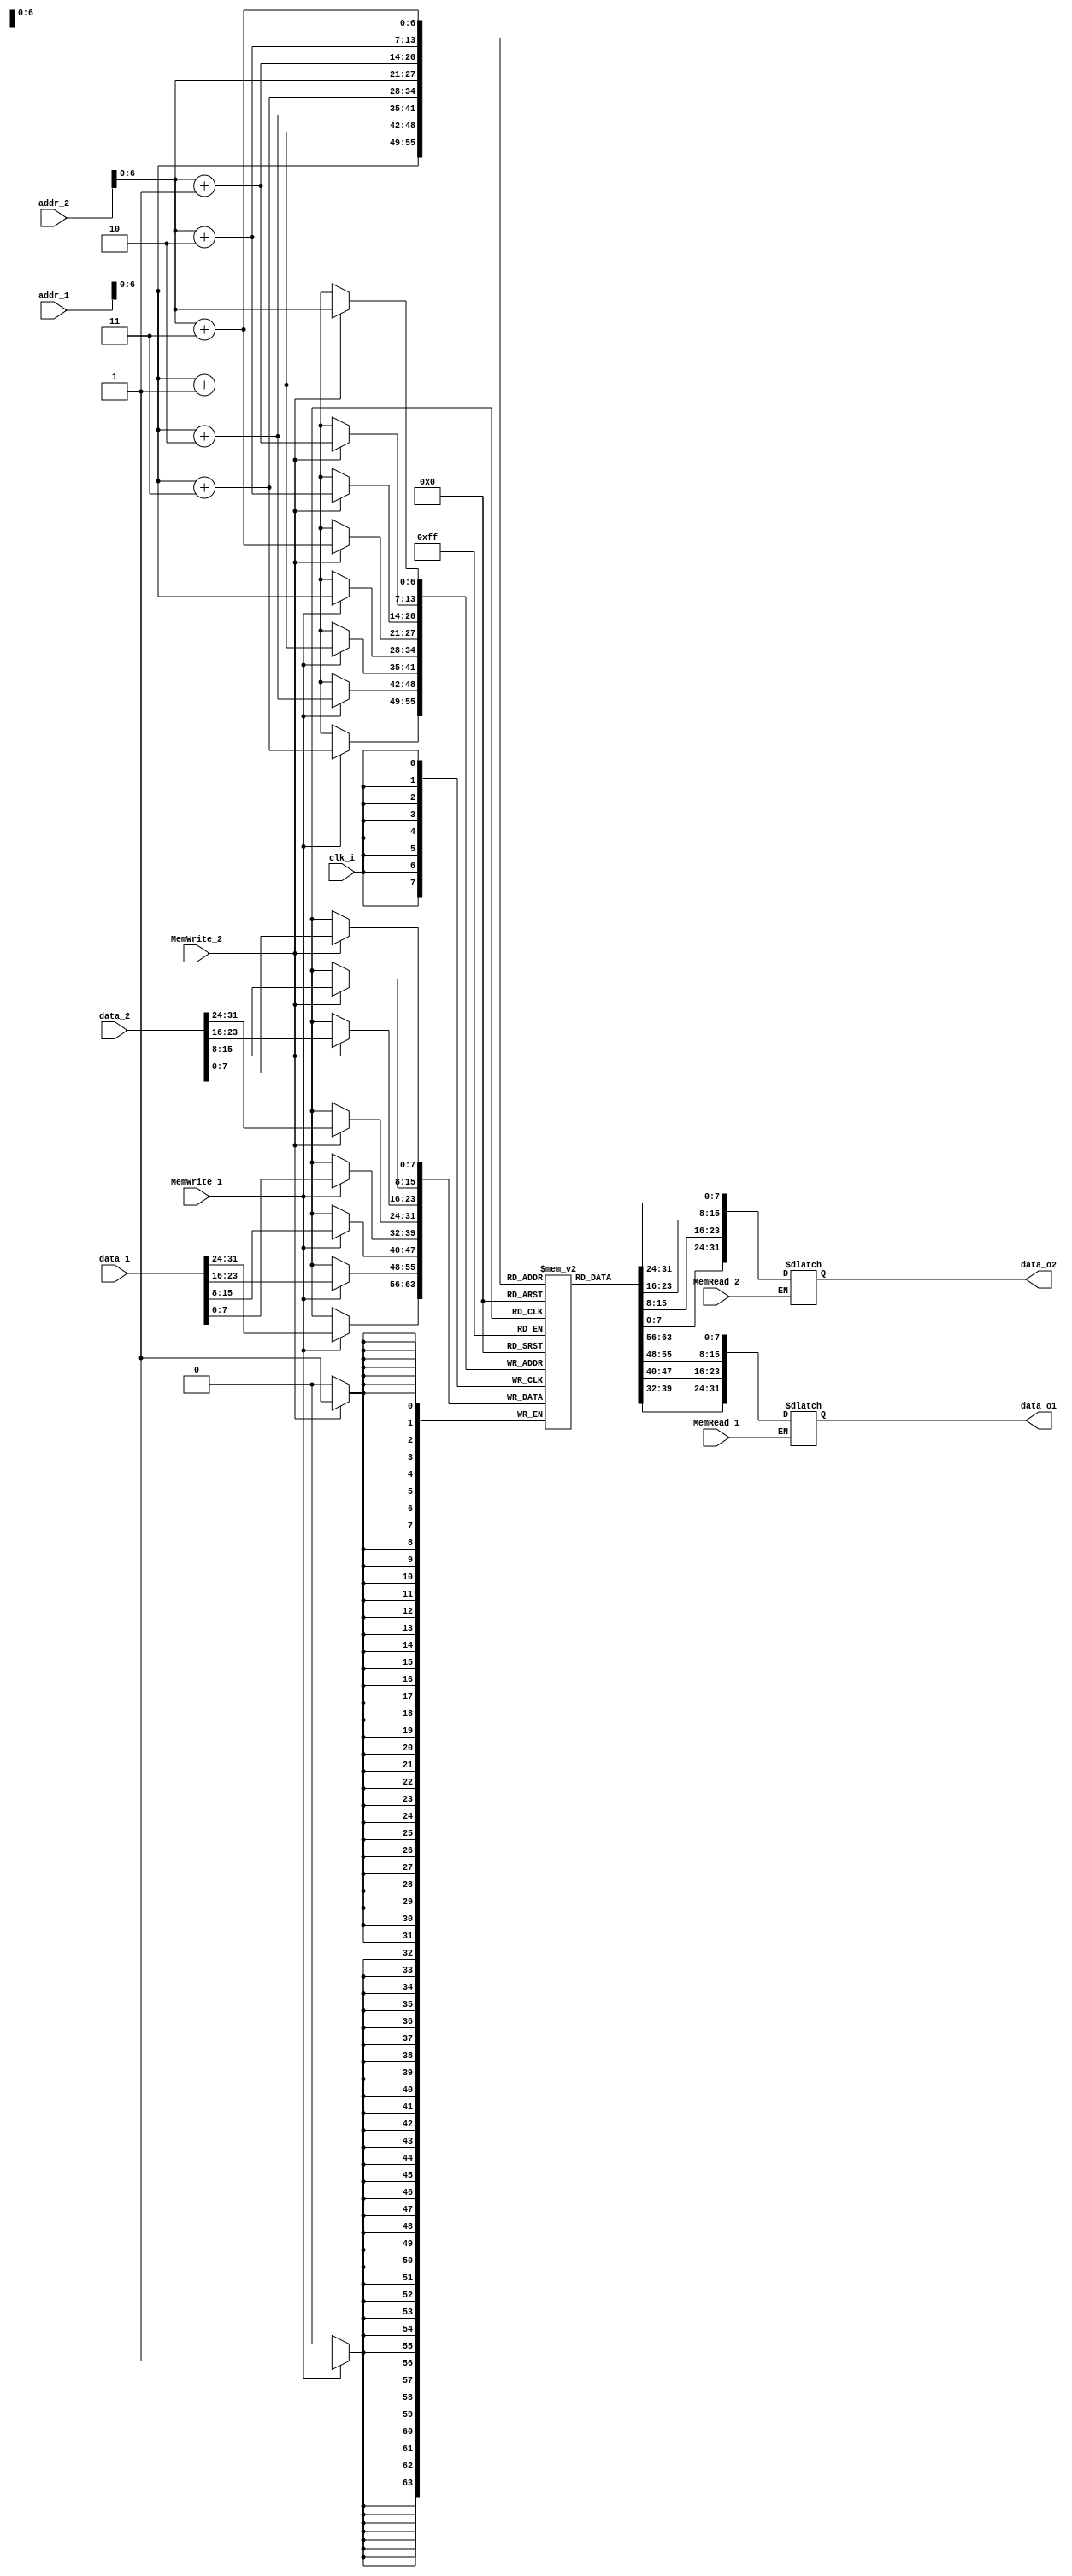
`timescale 1ns / 1ps
//////////////////////////////////////////////////////////////////////////////////
// Company: 
// Engineer: 
// 
// Design Name: 
// Module Name:    Data_Memory 
// Project Name: 
// Target Devices: 
// Tool versions: 
// Description: 
//
// Dependencies: 
//
// Revision: 
// Revision 0.01 - File Created
// Additional Comments: 
//
//////////////////////////////////////////////////////////////////////////////////
module Data_Memory
(
	clk_i,
	addr_1,
	data_1,
	MemRead_1,
	MemWrite_1,
	data_o1,
	addr_2,
	data_2,
	MemRead_2,
	MemWrite_2,
	data_o2
);

input				clk_i;
input	[31:0]	addr_1;
input	[31:0]	data_1;
input	[31:0]	addr_2;
input	[31:0]	data_2;
input				MemRead_1;
input				MemWrite_1;
input				MemRead_2;
input				MemWrite_2;
output reg [31:0] data_o1;
output reg [31:0] data_o2;
reg flag1,flag2,flag3,flag4;
reg	[7:0]	Mem [0:127];
integer	i;

// For Testbench to debug
wire	[31:0]		memory			[0:31];
assign  memory[0] = {Mem[3], Mem[2], Mem[1], Mem[0]};
assign  memory[1] = {Mem[7], Mem[6], Mem[5], Mem[4]};
assign  memory[2] = {Mem[11], Mem[10], Mem[9], Mem[8]};
assign  memory[3] = {Mem[15], Mem[14], Mem[13], Mem[12]};
assign  memory[4] = {Mem[19], Mem[18], Mem[17], Mem[16]};
assign  memory[5] = {Mem[23], Mem[22], Mem[21], Mem[20]};
assign  memory[6] = {Mem[27], Mem[26], Mem[25], Mem[24]};
assign  memory[7] = {Mem[31], Mem[30], Mem[29], Mem[28]};
assign  memory[8] = {Mem[35], Mem[34], Mem[33], Mem[32]};
assign  memory[9] = {Mem[39], Mem[38], Mem[37], Mem[36]};
assign  memory[10] = {Mem[43], Mem[42], Mem[41], Mem[40]};
assign  memory[11] = {Mem[47], Mem[46], Mem[45], Mem[44]};
assign  memory[12] = {Mem[51], Mem[50], Mem[49], Mem[48]};
assign  memory[13] = {Mem[55], Mem[54], Mem[53], Mem[52]};
assign  memory[14] = {Mem[59], Mem[58], Mem[57], Mem[56]};
assign  memory[15] = {Mem[63], Mem[62], Mem[61], Mem[60]};
assign  memory[16] = {Mem[67], Mem[66], Mem[65], Mem[64]};
assign  memory[17] = {Mem[71], Mem[70], Mem[69], Mem[68]};
assign  memory[18] = {Mem[75], Mem[74], Mem[73], Mem[72]};
assign  memory[19] = {Mem[79], Mem[78], Mem[77], Mem[76]};
assign  memory[20] = {Mem[83], Mem[82], Mem[81], Mem[80]};
assign  memory[21] = {Mem[87], Mem[86], Mem[85], Mem[84]};
assign  memory[22] = {Mem[91], Mem[90], Mem[89], Mem[88]};
assign  memory[23] = {Mem[95], Mem[94], Mem[93], Mem[92]};
assign  memory[24] = {Mem[99], Mem[98], Mem[97], Mem[96]};
assign  memory[25] = {Mem[103], Mem[102], Mem[101], Mem[100]};
assign  memory[26] = {Mem[107], Mem[106], Mem[105], Mem[104]};
assign  memory[27] = {Mem[111], Mem[110], Mem[109], Mem[108]};
assign  memory[28] = {Mem[115], Mem[114], Mem[113], Mem[112]};
assign  memory[29] = {Mem[119], Mem[118], Mem[117], Mem[116]};
assign  memory[30] = {Mem[123], Mem[122], Mem[121], Mem[120]};
assign  memory[31] = {Mem[127], Mem[126], Mem[125], Mem[124]};

initial begin
	for(i=0; i<128; i=i+1)
		Mem[i] = 8'b0;
	/*initial your data memory here*/
		Mem[0] = 8'b00000011;
		Mem[4] = 8'b00000001;
		Mem[8] = 8'b10011000;
		Mem[9] = 8'b11110111;
		Mem[10] = 8'b11110110;
		Mem[11] = 8'b11101110;
		Mem[12] = 8'b00000110;
		Mem[16] = 8'b11101110;
		Mem[17] = 8'b11111010;
		Mem[18] = 8'b11111110;
		Mem[19] = 8'b11101110;
		Mem[20] = 8'b00101110;
		Mem[24] = 8'b00111111;
		Mem[28] = 8'b00000101;
		Mem[32] = 8'b00010001;
		Mem[36] = 8'b00001010;
		Mem[40] = 8'b00000001;
		Mem[44] = 8'b11011110;
		Mem[45] = 8'b11110010;
		Mem[46] = 8'b00001110;
		Mem[47] = 8'b10101010;
		Mem[48] = 8'b00011000;
		Mem[52] = 8'b11111111;
		Mem[53] = 8'b11110100;
		Mem[54] = 8'b10110100;
		Mem[55] = 8'b11101111;
		Mem[56] = 8'b10011111;
end 

always@(addr_1 or MemRead_1) begin
	if(MemRead_1) begin
		data_o1 = {Mem[addr_1+3], Mem[addr_1+2], Mem[addr_1+1], Mem[addr_1]};
	end
	else begin
		flag1<=flag1;
	end	
end

always@(posedge clk_i) begin
    if(MemWrite_1) begin
		Mem[addr_1]   <= data_1[7:0];
		Mem[addr_1+1] <= data_1[15:8];
		Mem[addr_1+2] <= data_1[23:16];
		Mem[addr_1+3] <= data_1[31:24];
	end
	else begin
		flag2<=flag2;
	end
end


always@(addr_2 or MemRead_2) begin
	if(MemRead_2) begin
		data_o2 = {Mem[addr_2+3], Mem[addr_2+2], Mem[addr_2+1], Mem[addr_2]};
	end
	else begin
		flag4<=flag4;
	end
end

always@(posedge clk_i) begin
    if(MemWrite_2) begin
		Mem[addr_2]   <= data_2[7:0];
		Mem[addr_2+1] <= data_2[15:8];
		Mem[addr_2+2] <= data_2[23:16];
		Mem[addr_2+3] <= data_2[31:24];
	end
	else begin
		flag3<=flag3;
	end 
end



endmodule